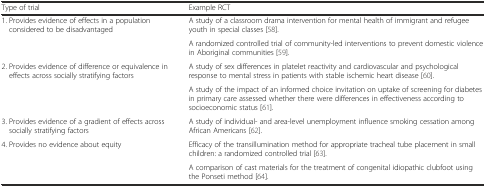
| Type of trial | Example RCT |
 | --- | --- |
 | <ROWSPAN=2> 1. Provides evidence of effects in a population considered to be disadvantaged | A study of a classroom drama intervention for mental health of immigrant and refugee youth in special classes [58]. |
 | A randomized controlled trial of community-led interventions to prevent domestic violence in Aboriginal communities [59]. |
 | <ROWSPAN=2> 2. Provides evidence of difference or equivalence in effects across socially stratifying factors | A study of sex differences in platelet reactivity and cardiovascular and psychological response to mental stress in patients with stable ischemic heart disease [60]. |
 | A study of the impact of an informed choice invitation on uptake of screening for diabetes in primary care assessed whether there were differences in effectiveness according to socioeconomic status [61]. |
 | 3. Provides evidence of a gradient of effects across socially stratifying factors | A study of individual- and area-level unemployment influence smoking cessation among African Americans [62]. |
 | <ROWSPAN=2> 4. Provides no evidence about equity | Efficacy of the transillumination method for appropriate tracheal tube placement in small children: a randomized controlled trial [63]. |
 | A comparison of cast materials for the treatment of congenital idiopathic clubfoot using the Ponseti method [64]. |